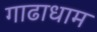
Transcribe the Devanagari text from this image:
गाढाधाम